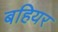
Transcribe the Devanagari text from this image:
बहियर